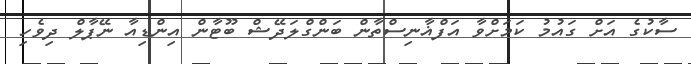
ސާކުގެ އަށް ގައުމު ކަމަށްވާ އަފްޣާނިސްތާން ބަންގްލަދޭޝް ބޫޓާން އިންޑިއާ ނޭޕާލް ދިވެހި